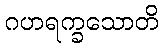
ဂဟရက္ခသောတိ